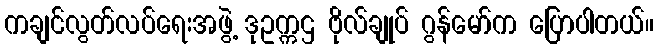
ကချင်လွတ်လပ်ရေးအဖွဲ့ ဒုဥက္ကဌ ဗိုလ်ချုပ် ဂွန်မော်က ပြောပါတယ်။